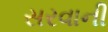
સરવાની